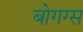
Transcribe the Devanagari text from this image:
बोगग्स